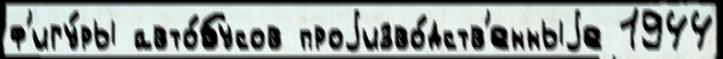
ф'игу́ры авто́бусов проjизво́дств'енныjе 1944